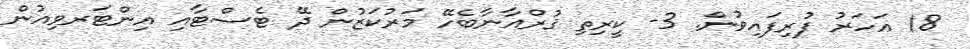
18 އަހަރު ފުރިފައިވުން. 3- ކީރިތި ޤުރްއާނާބެހޭ މަރުކަޒުން ދޭ ޓެސްޓާއި އިންޓަރވިއުން